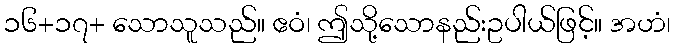
၁၆+၁၇+ သောသူသည်။ ဧဝံ၊ ဤသို့သောနည်းဥပါယ်ဖြင့်။ အဟံ၊